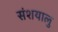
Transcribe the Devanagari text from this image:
संशयालु